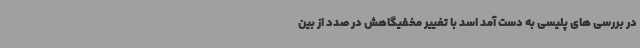
در بررسی های پلیسی به دست آمد اسد با تغییر مخفیگاهش در صدد از بین